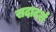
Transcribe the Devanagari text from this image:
सदादर्श